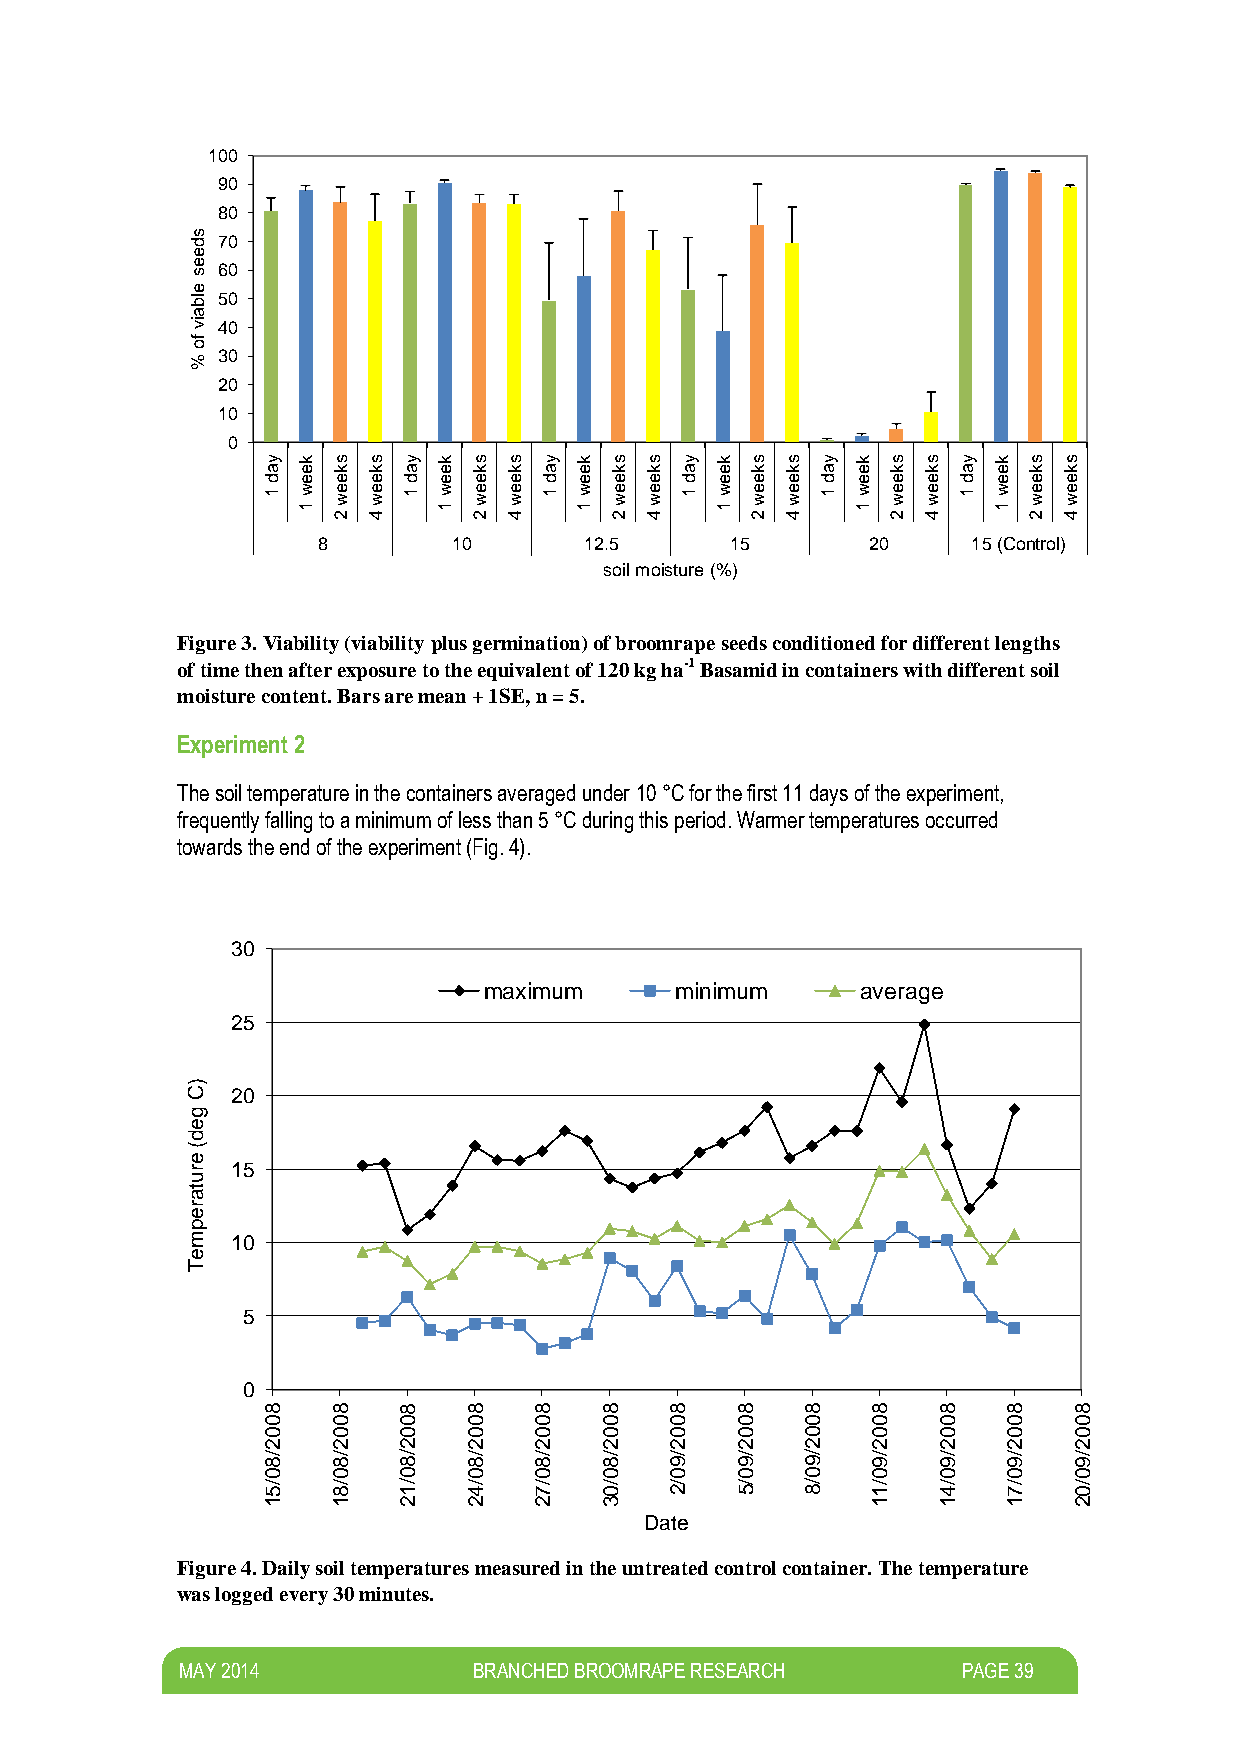
100
 90
 80
 s d 70
 e
 e s 60
 e
 lb 50
 a
 iv 40
 fo
 % 30
 20
 10
 0
 y  k s s  y k s  s y k s  s y k  s s y  k s s y  k s s
 a  e k k  a e k  k a e k  k a e  k k a  e k k a  e k k
 d  e e e  d e e  e d e e  e d e  e e d  e e e d  e e e
 1  w
 1
 e w
 2
 e w
 4
 1 w
 1
 e w
 2
 e w
 4
 1 w
 1
 e w
 2
 e w
 4
 1 w
 1
 e w
 2
 e w
 4
 1  w
 1
 e w
 2
 e w
 4
 1  w
 1
 e w
 2
 e w
 4
 8        10       12.5     15        20    15 (Control)
 soil moisture (%)
 Figure 3. Viability (viability plus germination) of broomrape seeds conditioned for different lengths
 of time then after exposure to the equivalent of 120 kg ha-1 Basamid in containers with different soil
 moisture content. Bars are mean + 1SE, n = 5.
 Experiment 2
 The soil temperature in the containers averaged under 10 °C for the first 11 days of the experiment,
 frequently falling to a minimum of less than 5 °C during this period. Warmer temperatures occurred
 towards the end of the experiment (Fig. 4).
 30
 maximum      minimum     average
 25
 )
 C  20
 g
 e
 d
 (
 e
 r  15
 u
 ta
 r
 e
 p
 m  10
 e
 T
 5
 0
 8    8   8    8   8    8   8    8   8    8   8    8   8
 0    0   0    0   0    0   0    0   0    0   0    0   0
 0    0   0    0   0    0   0    0   0    0   0    0   0
 2    2   2    2   2    2   2    2   2    2   2    2   2
 /8
 0
 /8
 0
 /8
 0
 /8
 0
 /8
 0
 /8
 0
 /9
 0
 /9
 0
 /9
 0
 /9
 0
 /9
 0
 /9
 0
 /9
 0
 /5   /8  /1   /4  /7   /0  /2   /5  /8   /1  /4   /7  /0
 1    1   2    2   2    3                 1   1    1   2
 Date
 Figure 4. Daily soil temperatures measured in the untreated control container. The temperature
 was logged every 30 minutes.
 M AY 2014          BRANCHED BROOMRAPE RESEARCH      PAGE 39